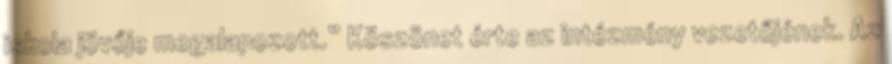
iskola jövője megalapozott.” Köszönet érte az intézmény vezetőjének. Az